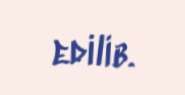
edilib.